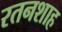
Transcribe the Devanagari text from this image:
रतनशाह